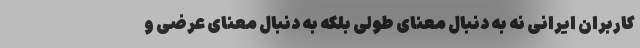
کاربران ایرانی نه به دنبال معنای طولی بلکه به دنبال معنای عرضی و